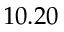
1 0 . 2 0